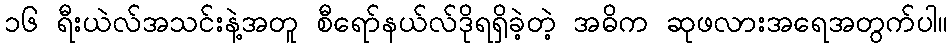
၁၆ ရီးယဲလ်အသင်းနဲ့အတူ စီရော်နယ်လ်ဒိုရရှိခဲ့တဲ့ အဓိက ဆုဖလားအရေအတွက်ပါ။